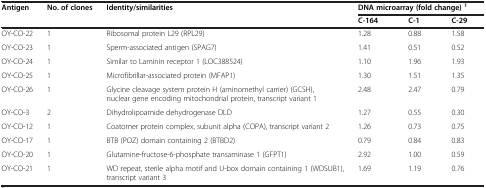
| <ROWSPAN=2> Antigen | <ROWSPAN=2> No. of clones | <ROWSPAN=2> Identity/similarities | <COLSPAN=3> DNA microarray (fold change)1 |
 | C-164 | C-1 | C-29 |
 | --- | --- | --- | --- | --- | --- |
 | OY-CO-22 | 1 | Ribosomal protein L29 (RPL29) | 1.28 | 0.88 | 1.58 |
 | OY-CO-23 | 1 | Sperm-associated antigen (SPAG7) | 1.41 | 0.51 | 0.52 |
 | OY-CO-24 | 1 | Similar to Laminin receptor 1 (LOC388524) | 1.10 | 1.96 | 1.93 |
 | OY-CO-25 | 1 | Microfibrillar-associated protein (MFAP1) | 1.30 | 1.51 | 1.35 |
 | OY-CO-26 | 1 | Glycine cleavage system protein H (aminomethyl carrier) (GCSH), nuclear gene encoding mitochondrial protein, transcript variant 1 | 2.48 | 2.47 | 0.79 |
 | OY-CO-3 | 2 | Dihydrolipoamide dehydrogenase DLD | 1.27 | 0.55 | 0.30 |
 | OY-CO-12 | 1 | Coatomer protein complex, subunit alpha (COPA), transcript variant 2 | 1.26 | 0.73 | 0.75 |
 | OY-CO-17 | 1 | BTB (POZ) domain containing 2 (BTBD2) | 0.79 | 0.84 | 0.83 |
 | OY-CO-20 | 1 | Glutamine-fructose-6-phosphate transaminase 1 (GFPT1) | 2.92 | 1.00 | 0.59 |
 | OY-CO-21 | 1 | WD repeat, sterile alpha motif and U-box domain containing 1 (WDSUB1), transcript variant 3 | 1.69 | 1.19 | 0.76 |